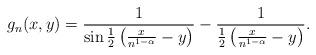
LaTeX: \begin{align*} g_n(x,y) = \frac{1}{\sin\frac{1}{2}\left(\frac{x}{n^{1-\alpha}}-y\right)} - \frac{1}{\frac{1}{2}\left(\frac{x}{n^{1-\alpha}}-y\right)}.\end{align*}